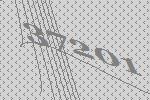
37201